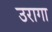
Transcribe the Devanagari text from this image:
उरागा